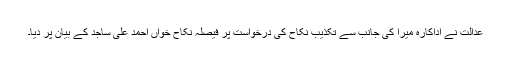
عدالت نے اداکارہ میرا کی جانب سے تکذیب نکاح کی درخواست پر فیصلہ نکاح خواں احمد علی ساجد کے بیان پر دیا۔